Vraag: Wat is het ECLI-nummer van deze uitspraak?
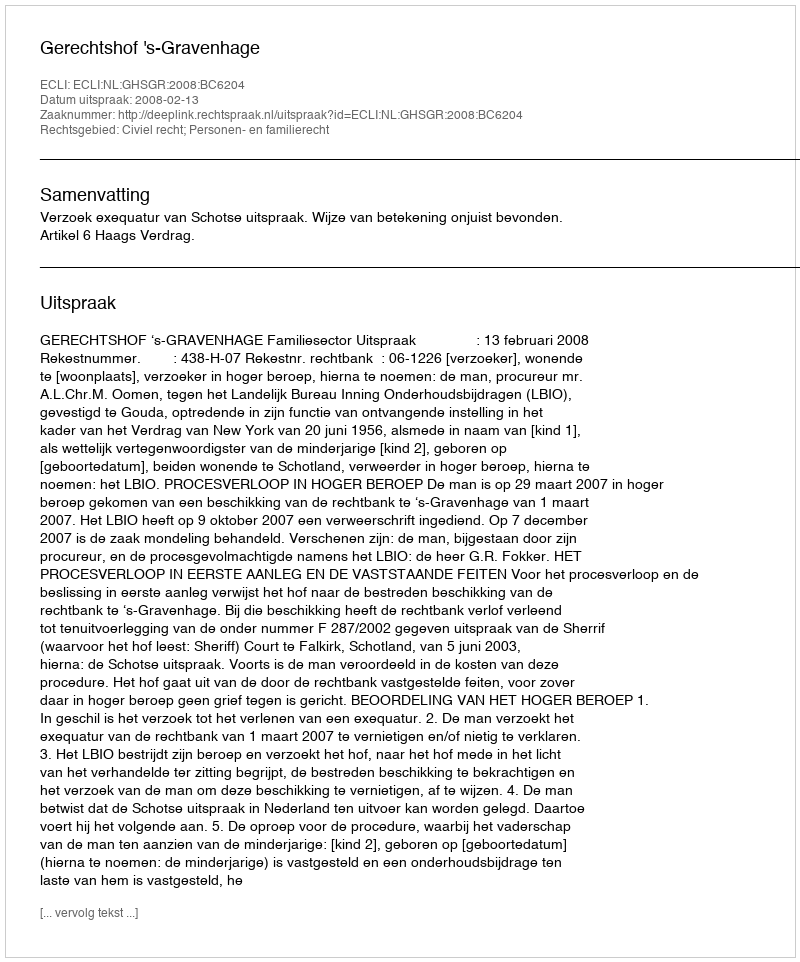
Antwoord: ECLI:NL:GHSGR:2008:BC6204